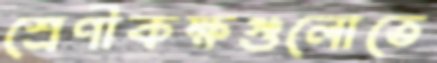
শ্রেণীকক্ষগুলোতে